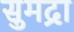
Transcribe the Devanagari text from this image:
सुमद्रा